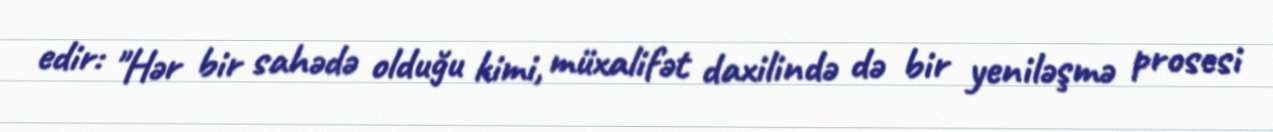
edir: "Hər bir sahədə olduğu kimi, müxalifət daxilində də bir yeniləşmə prosesi